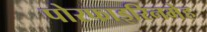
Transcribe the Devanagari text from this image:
पोरफाइरिनमेह